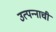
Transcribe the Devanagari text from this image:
उत्पन्‍नाची